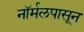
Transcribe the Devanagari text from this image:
नॉर्मलपासून